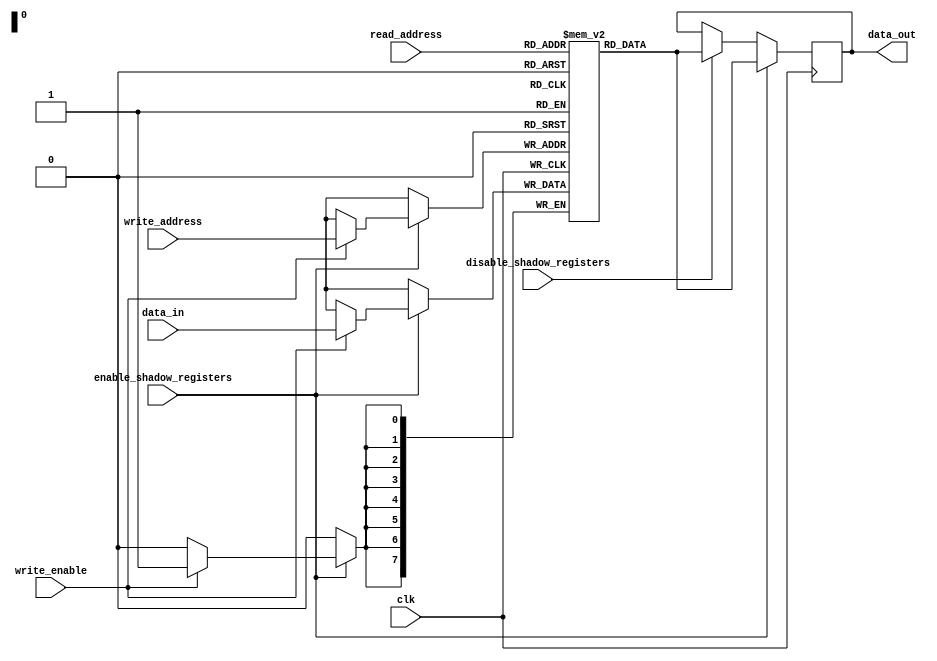
module MemoryBlocksShadowRegisterFile (
    input wire clk,
    input wire [7:0] read_address,
    input wire [7:0] write_address,
    input wire write_enable,
    input wire enable_shadow_registers,
    input wire disable_shadow_registers,
    input wire [7:0] data_in,
    output reg [7:0] data_out
);

reg [7:0] shadow_registers [0:255];

always @(posedge clk) begin
    if (enable_shadow_registers) begin
        if (write_enable) begin
            shadow_registers[write_address] <= data_in;
        end
        data_out <= shadow_registers[read_address];
    end else if (disable_shadow_registers) begin
        data_out <= shadow_registers[read_address];
    end
end

endmodule